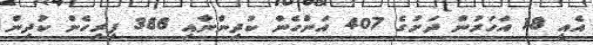
އެއީ 18 އަހަރުން ދަށުގެ 407 އަންހެން ކުދިންނާއި 388 ފިރިހެން ކުދިން